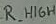
Text: R_HIGH